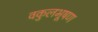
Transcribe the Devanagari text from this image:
वकुलभूषण